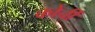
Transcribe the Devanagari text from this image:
कोर्ची